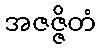
အဇဇ္ဇိတံ